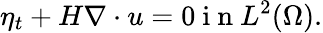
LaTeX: \eta_{t}+H\nabla\cdot u=0\mathrm{~i~n~}L^{2}(\Omega).